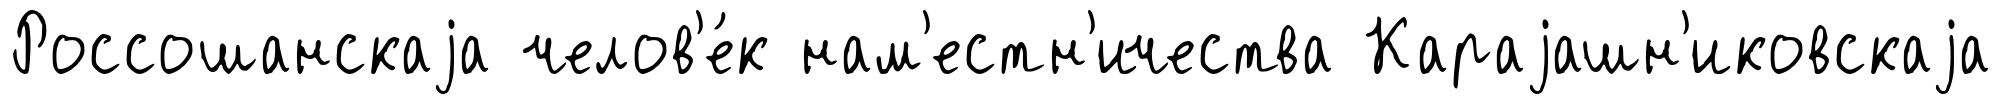
Россошанскаjа челов'е́к нам'естн'ичества Караjашн'иковскаjа